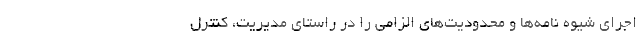
اجرای شیوه نامه‌ها و محدودیت‌های الزامی را در راستای مدیریت، کنترل